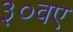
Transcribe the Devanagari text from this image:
३०वए